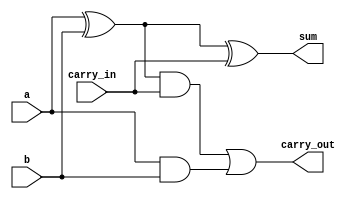
module Add(sum, carry_out, a, b, carry_in);
input a, b, carry_in;
output sum, carry_out;
wire temp_sum, first_carry_out, second_carry_out;

xor sum_of_digits(temp_sum, a, b);
and carry_of_sum(first_carry_out, a, b);

xor sum_of_digits1(sum, temp_sum, carry_in);
and carry_of_sum1(second_carry_out,  temp_sum, carry_in);



or final_carry_out(carry_out, second_carry_out, first_carry_out);

endmodule